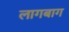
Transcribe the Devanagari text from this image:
लागबाग